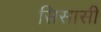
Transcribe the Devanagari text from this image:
सिसासी